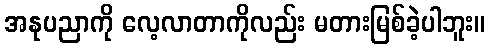
အနုပညာကို လေ့လာတာကိုလည်း မတားမြစ်ခဲ့ပါဘူး။